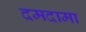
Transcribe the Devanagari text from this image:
दमदामा